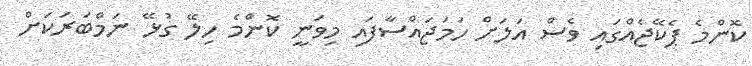
ކޮންމެ ޕެކޭޖެއްގައި ވެސް އަލަށް ހަމަޖައްސާފައި މިވަނީ ކޮންމެ ހިލޭ ގުޅޭ ނަމްބަރަކަށް